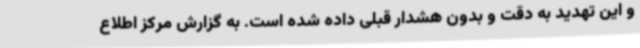
و این تهدید به دقت و بدون هشدار قبلی داده شده است. به گزارش مرکز اطلاع